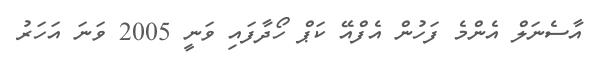
އާސެނަލް އެންމެ ފަހުން އެފްއޭ ކަޕް ހޯދާފައި ވަނީ 2005 ވަނަ އަހަރު